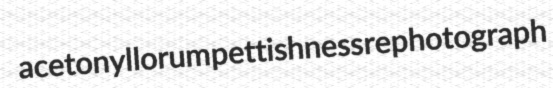
acetonyl lorum pettishness rephotograph